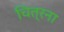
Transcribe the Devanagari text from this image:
चित्रना